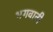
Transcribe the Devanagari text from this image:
भगवानी